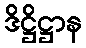
ဒိဋ္ဌိဋ္ဌာန